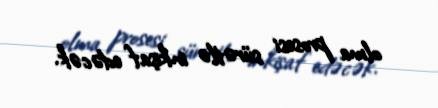
olma prosesi sürətlə inkişaf edəcək.